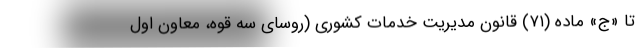
تا «ج» ماده (۷۱) قانون مدیریت خدمات کشوری (روسای سه قوه، معاون اول